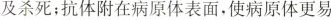
及杀死；抗体附在病原体表面。使病原体更易